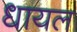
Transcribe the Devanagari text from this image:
धायल